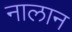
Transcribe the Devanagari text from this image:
नालान